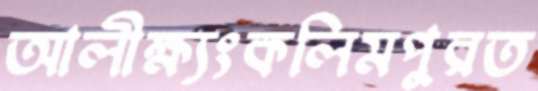
আলীক্ষ্যংকলিমপুরত